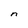
Character: n